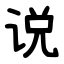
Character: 说